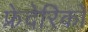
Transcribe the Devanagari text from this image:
फ्रेदेरिको